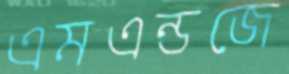
এমএন্ডজে